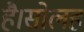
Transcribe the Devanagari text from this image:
है।सोलह